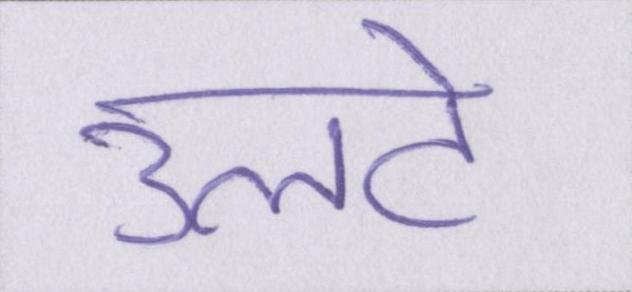
उलटे